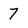
Character: 7